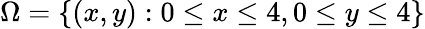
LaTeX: \Omega=\{ (x,y):0\leq x\leq 4,0\leq y\leq 4\}